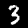
Digit: 3